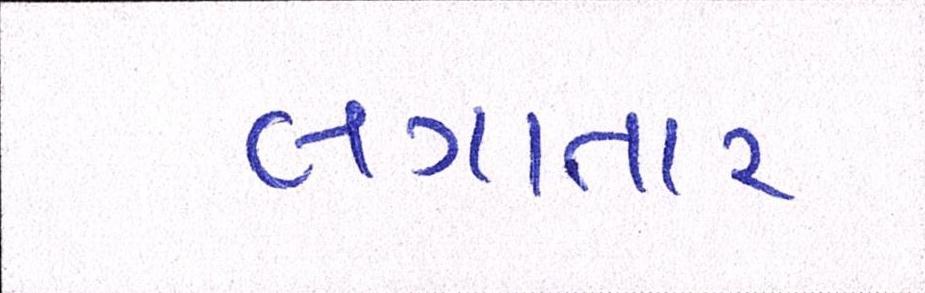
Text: લગાતાર